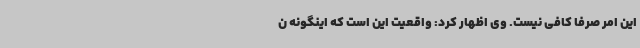
این امر صرفا کافی نیست. وی اظهار کرد: واقعیت این است که اینگونه ن